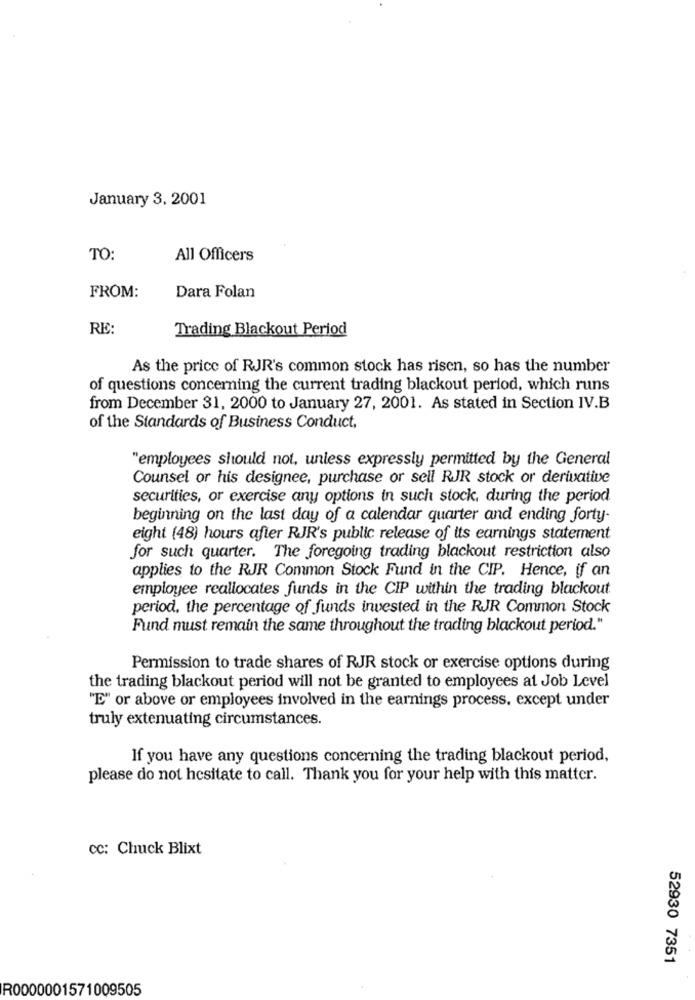
January 3, 2001
TO:
All Officers
Dara Folan
FROM:
RE:
Trading Blackout Period
As the price of RJR's common stock has risen, so has the number
of questions concerning the current trading blackout period, which runs
from December 31, 2000 to January 27, 2001. As stated in Section IV.B
of the Standards of Business Conduct,
"employees should not, unless expressly permitted by the General
Counsel or his designee, purchase or sell RJR stock or derivative
securities, or exercise any options in such stock, during the period
beginning on the last day of a calendar quarter and ending forty-
eight (48) hours after RJR's public release of its earnings statement
for such quarter. The foregoing trading blackout restriction also
applies to the RJR Common Stock Fund in the CIP. Hence, if an
employee reallocates funds in the CIP within the trading blackout
period, the percentage of funds invested in the RJR Common Stock
Fund must remain the same throughout the trading blackout period."
Permission to trade shares of RJR stock or exercise options during
the trading blackout period will not be granted to employees at Job Level
"E" or above or employees involved in the earnings process, except under
truly extenuating circumstances.
If you have any questions concerning the trading blackout period,
please do not hesitate to call. Thank you for your help with this matter.
CC: Chuck Blixt
52930 7351
R0000001571009505